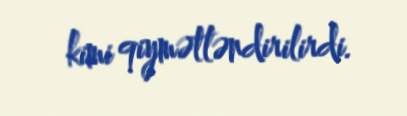
kimi qiymətləndirilirdi.